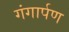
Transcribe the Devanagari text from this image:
गंगार्पण